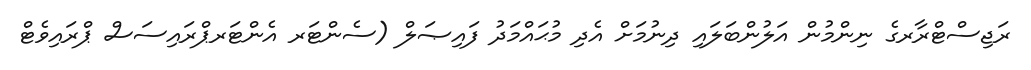
ރަޖިސްޓްރާރގެ ނިންމުން އަލުންބަލައި ދިނުމަށް އެދި މުޙައްމަދު ފައިޞަލް (ސެންޓަރ އެންޓަރޕްރައިސަސް ޕްރައިވެޓް